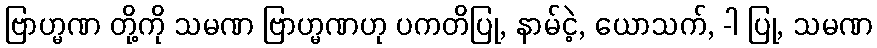
ဗြာဟ္မဏ တို့ကို သမဏ ဗြာဟ္မဏဟု ပကတိပြု, နာမ်ငဲ့, ယောသက်, -ါ ပြု, သမဏ